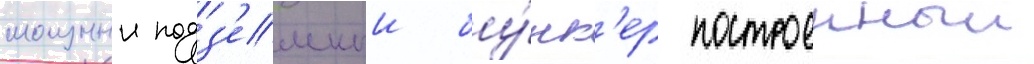
мощныи подз'емныи бу́нк'ер построенныи